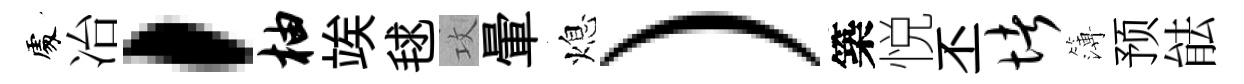
𠁅冶，柚竢毬攻暈熄）築悦丕堵簿预䏻